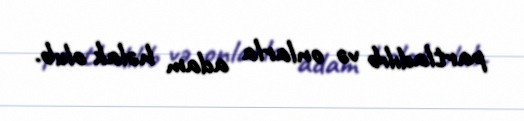
partladılıb və onlarla adam həlak olub.